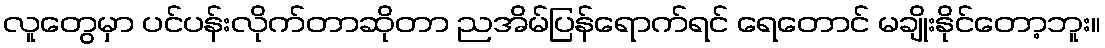
လူတွေမှာ ပင်ပန်းလိုက်တာဆိုတာ ညအိမ်ပြန်ရောက်ရင် ရေတောင် မချိုးနိုင်တော့ဘူး။